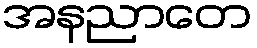
အနညာတေ